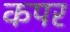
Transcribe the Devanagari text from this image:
कपर